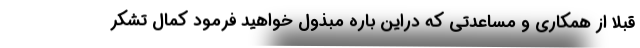
قبلا از همکاری و مساعدتی که دراین باره مبذول خواهید فرمود کمال تشکر